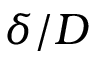
\delta / D